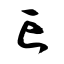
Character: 亡